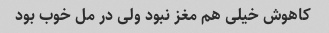
کاهوش خیلی هم مغز نبود ولی در مل خوب بود